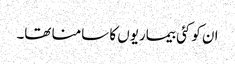
ان کو کئی بیماریوں کا سامنا تھا۔